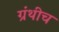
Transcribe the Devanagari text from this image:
ग्रंथीच